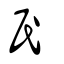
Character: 民